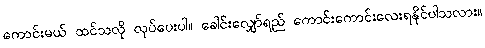
ကောင်းမယ် ထင်သလို လုပ်ပေးပါ။ ခေါင်းလျှော်ရည် ကောင်းကောင်းလေးရနိုင်ပါသလား။